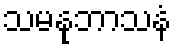
သမနုဘာသနံ